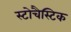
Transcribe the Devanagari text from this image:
स्टोचैस्टिक